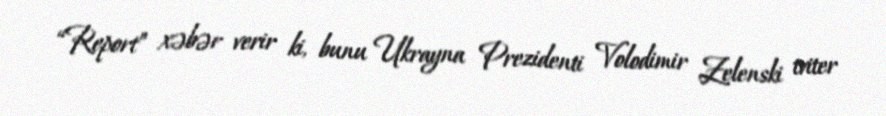
“Report” xəbər verir ki, bunu Ukrayna Prezidenti Volodimir Zelenski tviter